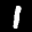
Label: 1